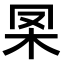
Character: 𣏷